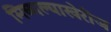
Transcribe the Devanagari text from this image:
मिळाल्याखेरीज